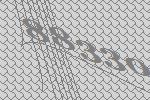
88330